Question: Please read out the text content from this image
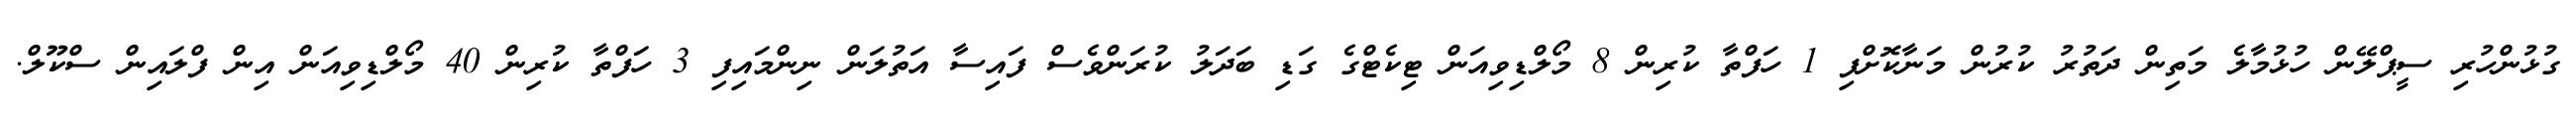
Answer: ގުޅުންހުރި ސީޕްލޭން ހުޅުމާލެ މަތިން ދަތުރު ކުރުން މަނާކޮށްފި 1 ހަފްތާ ކުރިން 8 މޯލްޑިވިއަން ޓިކެޓްގެ ގަޑި ބަދަލު ކުރަންވެސް ފައިސާ އަތުލަން ނިންމައިފި 3 ހަފްތާ ކުރިން 40 މޯލްޑިވިއަން އިން ފްލައިން ސްކޫލް.